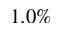
1 . 0 \%